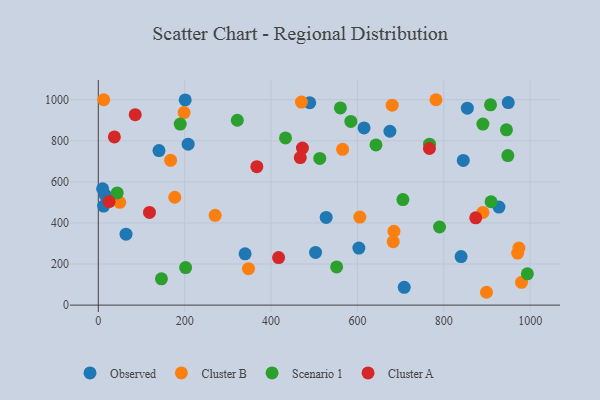
{"axis": {"x": "Price", "y": "Fuel Efficiency"}, "legend": ["Cluster A", "Cluster B", "Observed", "Scenario 1"], "data": [{"x": "64.2", "y": 345.2, "type": "Observed"}, {"x": "854.6", "y": 958.8, "type": "Observed"}, {"x": "201.2", "y": 999.2, "type": "Observed"}, {"x": "527.6", "y": 427.1, "type": "Observed"}, {"x": "615.4", "y": 862.9, "type": "Observed"}, {"x": "12.3", "y": 482.2, "type": "Observed"}, {"x": "339.9", "y": 249.6, "type": "Observed"}, {"x": "927.8", "y": 477.1, "type": "Observed"}, {"x": "489.6", "y": 985.2, "type": "Observed"}, {"x": "845.2", "y": 704.4, "type": "Observed"}, {"x": "503.1", "y": 256.4, "type": "Observed"}, {"x": "949.3", "y": 986.2, "type": "Observed"}, {"x": "140.5", "y": 752.4, "type": "Observed"}, {"x": "16.3", "y": 535.5, "type": "Observed"}, {"x": "10.0", "y": 566.5, "type": "Observed"}, {"x": "708.4", "y": 86.8, "type": "Observed"}, {"x": "675.3", "y": 846.5, "type": "Observed"}, {"x": "603.4", "y": 277.5, "type": "Observed"}, {"x": "840.1", "y": 236.4, "type": "Observed"}, {"x": "208.0", "y": 783.4, "type": "Observed"}, {"x": "971.1", "y": 253.2, "type": "Cluster B"}, {"x": "890.6", "y": 451.2, "type": "Cluster B"}, {"x": "270.6", "y": 437.4, "type": "Cluster B"}, {"x": "898.9", "y": 62.5, "type": "Cluster B"}, {"x": "177.1", "y": 525.1, "type": "Cluster B"}, {"x": "782.0", "y": 1000.0, "type": "Cluster B"}, {"x": "605.6", "y": 428.4, "type": "Cluster B"}, {"x": "980.1", "y": 111.1, "type": "Cluster B"}, {"x": "12.5", "y": 999.9, "type": "Cluster B"}, {"x": "680.5", "y": 973.3, "type": "Cluster B"}, {"x": "565.8", "y": 758.3, "type": "Cluster B"}, {"x": "198.6", "y": 937.5, "type": "Cluster B"}, {"x": "684.6", "y": 359.7, "type": "Cluster B"}, {"x": "167.4", "y": 704.9, "type": "Cluster B"}, {"x": "682.9", "y": 309.1, "type": "Cluster B"}, {"x": "470.4", "y": 988.5, "type": "Cluster B"}, {"x": "49.6", "y": 500.4, "type": "Cluster B"}, {"x": "347.8", "y": 177.3, "type": "Cluster B"}, {"x": "974.0", "y": 277.7, "type": "Cluster B"}, {"x": "767.0", "y": 783.8, "type": "Scenario 1"}, {"x": "705.3", "y": 513.7, "type": "Scenario 1"}, {"x": "945.1", "y": 853.3, "type": "Scenario 1"}, {"x": "43.8", "y": 546.4, "type": "Scenario 1"}, {"x": "909.5", "y": 503.2, "type": "Scenario 1"}, {"x": "146.2", "y": 127.8, "type": "Scenario 1"}, {"x": "584.8", "y": 894.4, "type": "Scenario 1"}, {"x": "790.2", "y": 380.4, "type": "Scenario 1"}, {"x": "890.6", "y": 881.2, "type": "Scenario 1"}, {"x": "643.0", "y": 779.8, "type": "Scenario 1"}, {"x": "560.6", "y": 960.3, "type": "Scenario 1"}, {"x": "993.6", "y": 152.5, "type": "Scenario 1"}, {"x": "433.5", "y": 813.9, "type": "Scenario 1"}, {"x": "321.9", "y": 900.0, "type": "Scenario 1"}, {"x": "189.7", "y": 881.2, "type": "Scenario 1"}, {"x": "948.4", "y": 728.0, "type": "Scenario 1"}, {"x": "551.9", "y": 186.0, "type": "Scenario 1"}, {"x": "908.2", "y": 975.4, "type": "Scenario 1"}, {"x": "512.9", "y": 714.4, "type": "Scenario 1"}, {"x": "202.2", "y": 182.6, "type": "Scenario 1"}, {"x": "467.7", "y": 718.1, "type": "Cluster A"}, {"x": "874.0", "y": 425.1, "type": "Cluster A"}, {"x": "417.5", "y": 231.5, "type": "Cluster A"}, {"x": "472.7", "y": 764.8, "type": "Cluster A"}, {"x": "25.1", "y": 504.3, "type": "Cluster A"}, {"x": "367.1", "y": 674.0, "type": "Cluster A"}, {"x": "766.8", "y": 762.4, "type": "Cluster A"}, {"x": "85.5", "y": 927.4, "type": "Cluster A"}, {"x": "37.2", "y": 818.7, "type": "Cluster A"}, {"x": "118.5", "y": 451.2, "type": "Cluster A"}]}